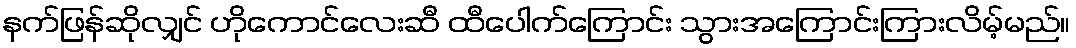
နက်ဖြန်ဆိုလျှင် ဟိုကောင်လေးဆီ ထီပေါက်ကြောင်း သွားအကြောင်းကြားလိမ့်မည်။